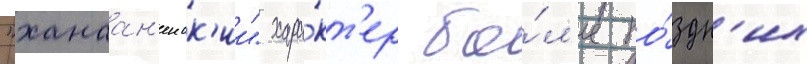
"ханаан'еиск'ии" хара́кт'ер бо́л'ее по́здн'их